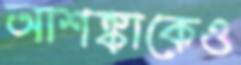
আশঙ্কাকেও